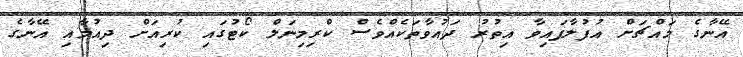
އޭނާގެ މައްޗަށް އުފުލާފައިވާ އިތުރު ދައުވާތަކެއްވެސް ކްރިމިނަލް ކޯޓުގައި ކުރިއަށް ދިއުމާއި އޭނާގެ